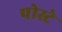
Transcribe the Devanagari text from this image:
पोस्टे